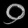
Digit: ၀